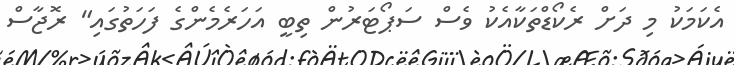
އެކަމަކު މި ދަށް ރެކޯޑްތަކާއެކު ވެސް ސަޕޯޓަރުން ތިބީ އަހަރެމެންގެ ފަހަތުގައި" ރޮޖާސް